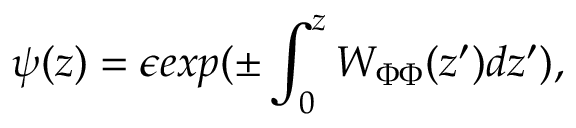
\psi ( z ) = \epsilon e x p ( \pm \int _ { 0 } ^ { z } W _ { \Phi \Phi } ( z ^ { \prime } ) d z ^ { \prime } ) ,